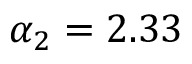
\alpha _ { 2 } = 2 . 3 3